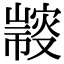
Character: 𢅢